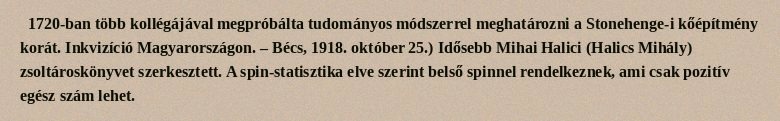
1720-ban több kollégájával megpróbálta tudományos módszerrel meghatározni a Stonehenge-i kőépítmény korát. Inkvizíció Magyarországon. – Bécs, 1918. október 25.) Idősebb Mihai Halici (Halics Mihály) zsoltároskönyvet szerkesztett. A spin-statisztika elve szerint belső spinnel rendelkeznek, ami csak pozitív egész szám lehet.